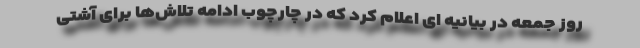
روز جمعه در بیانیه ای اعلام کرد که در چارچوب ادامه تلاش‌ها برای آشتی